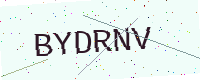
Text: BYDRNV